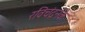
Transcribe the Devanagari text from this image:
रविचंद्रनके